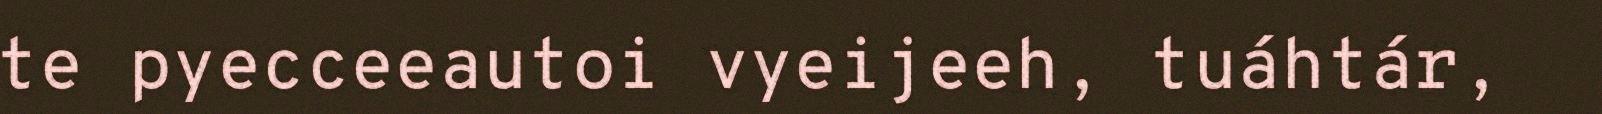
te pyecceeautoi vyeijeeh, tuáhtár,